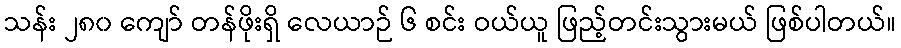
သန်း ၂၈၀ ကျော် တန်ဖိုးရှိ လေယာဉ် ၆ စင်း ဝယ်ယူ ဖြည့်တင်းသွားမယ် ဖြစ်ပါတယ်။